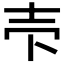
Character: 𰋈